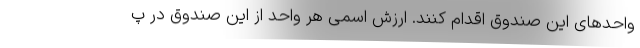
واحدهای این صندوق اقدام کنند. ارزش اسمی هر واحد از این صندوق در پ